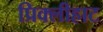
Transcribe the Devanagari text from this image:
प्रिक्लीहाट